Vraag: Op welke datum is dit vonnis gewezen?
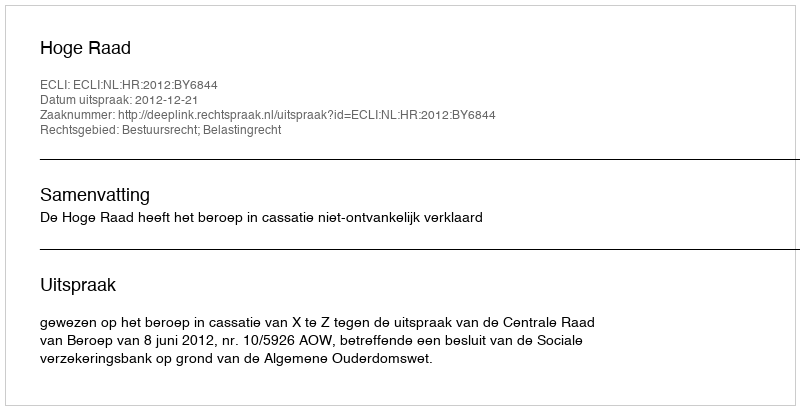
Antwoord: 2012-12-21